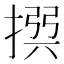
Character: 𢰅